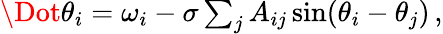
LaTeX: \begin{array}{r}{\Dot{\theta}_{i}=\omega_{i}-\sigma\sum_{j}A_{ij}\sin(\theta_{i}-\theta_{j})\, ,}\end{array}